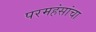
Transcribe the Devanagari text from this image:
परमहंसांचा